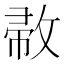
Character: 𢽰